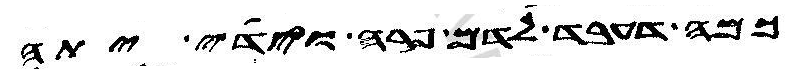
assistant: כמה דעבד לדם פרה וידי יתה